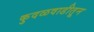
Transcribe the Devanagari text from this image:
कुदळवाडीतून